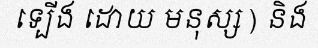
ទ្បើង ដោយ មនុស្ស ) និង